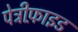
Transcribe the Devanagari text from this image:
पेट्रीफ़ाइड